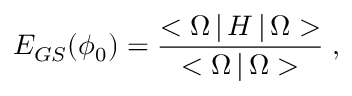
E _ { G S } ( \phi _ { 0 } ) = { \frac { < \Omega \, | \, H \, | \, \Omega > } { < \Omega \, | \, \Omega > } } \; ,